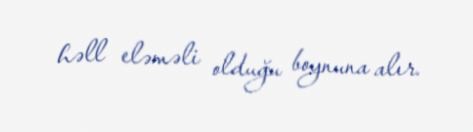
həll eləməli olduğu boynuna alır.